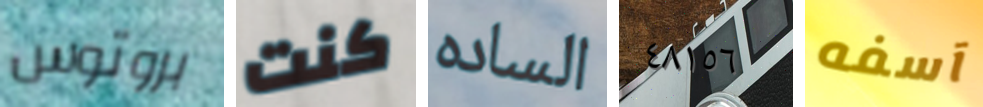
بروتوس كنت الساده ٤٨١٥٦ آسفه